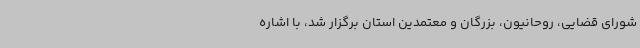
شورای قضایی، روحانیون، بزرگان و معتمدین استان برگزار شد، با اشاره